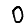
Digit: 0